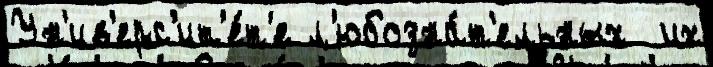
Ун'ив'ерс'ит'е́т'е л'юбозна́т'ельных  их